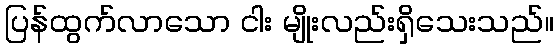
ပြန်ထွက်လာသော ငါး မျိုးလည်းရှိသေးသည်။